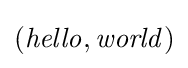
({\mathit {hello}},{\mathit {world}})